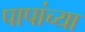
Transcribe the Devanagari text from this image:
पापांच्या